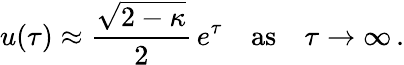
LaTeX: u(\tau)\approx{\frac{\sqrt{2-\kappa}}{2}}\, e^{\tau}\quad\mathrm{as}\quad\tau\rightarrow\infty\, .